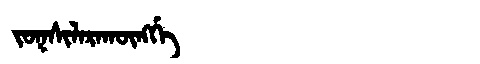
Manchu: ᠵᠣᡴᠰᡳᠯᠠᡵᠠᡴᡡᠩᡤᡝ
Romanization: JOKSILARAKŪNGGE